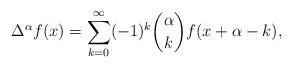
LaTeX: \begin{align*}\Delta^{\alpha}f(x)=\sum_{k=0}^{\infty}(-1)^k\binom{\alpha}{k}f(x+\alpha-k),\end{align*}